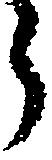
ら